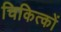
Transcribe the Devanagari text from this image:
चिकित्कों